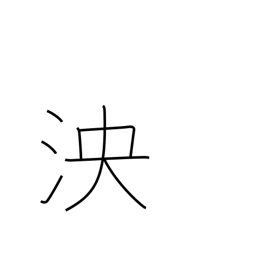
Meaning: deep and broad